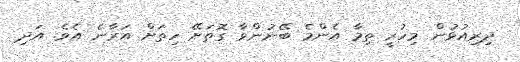
ދިރިއުޅުން މިހުރީ ތިމާ އެންމެ ބޭނުންވާ ގޮތަށޭ ހިތަށް އަރާނެ އެވެ. އަދި